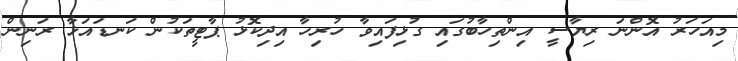
މިއަހަރު އޮންނަ ރިޔާސީ އިންތިހާބުގައި ގުޅިފައިވާ ހުރިހާ އިދިކޮޅު ޕާޓީތަކުން ކަނޑައަޅާ ރަނިން